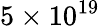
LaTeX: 5\times 10^{19}